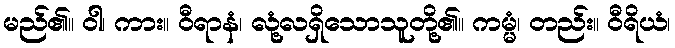
မည်၏။ ဝါ၊ ကား။ ဝီရာနံ၊ လုံ့လရှိသောသူတို့၏။ ကမ္မံ၊ တည်း။ ဝီရိယံ၊